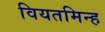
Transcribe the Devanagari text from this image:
वियतमिन्ह